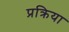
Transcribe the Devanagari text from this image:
प्रक्रिया